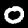
Digit: 0